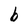
Character: b